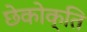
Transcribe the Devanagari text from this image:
छेकोक्ति